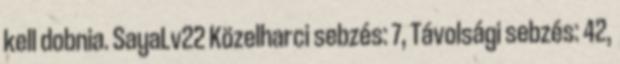
kell dobnia. SayaLv22 Közelharci sebzés: 7, Távolsági sebzés: 42,